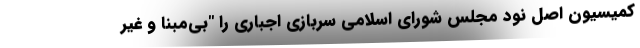
کمیسیون اصل نود مجلس شورای اسلامی سربازی اجباری را "بی‌مبنا و غیر